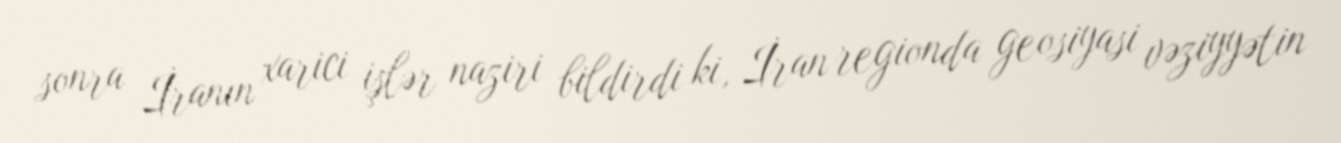
sonra İranın xarici işlər naziri bildirdi ki, İran regionda geosiyasi vəziyyətin